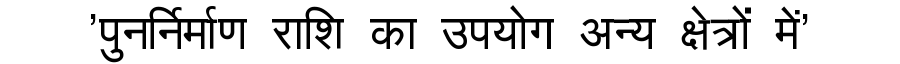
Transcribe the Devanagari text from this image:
'पुनर्निर्माण राशि का उपयोग अन्य क्षेत्रों में'